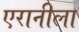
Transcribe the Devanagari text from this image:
एरानीला